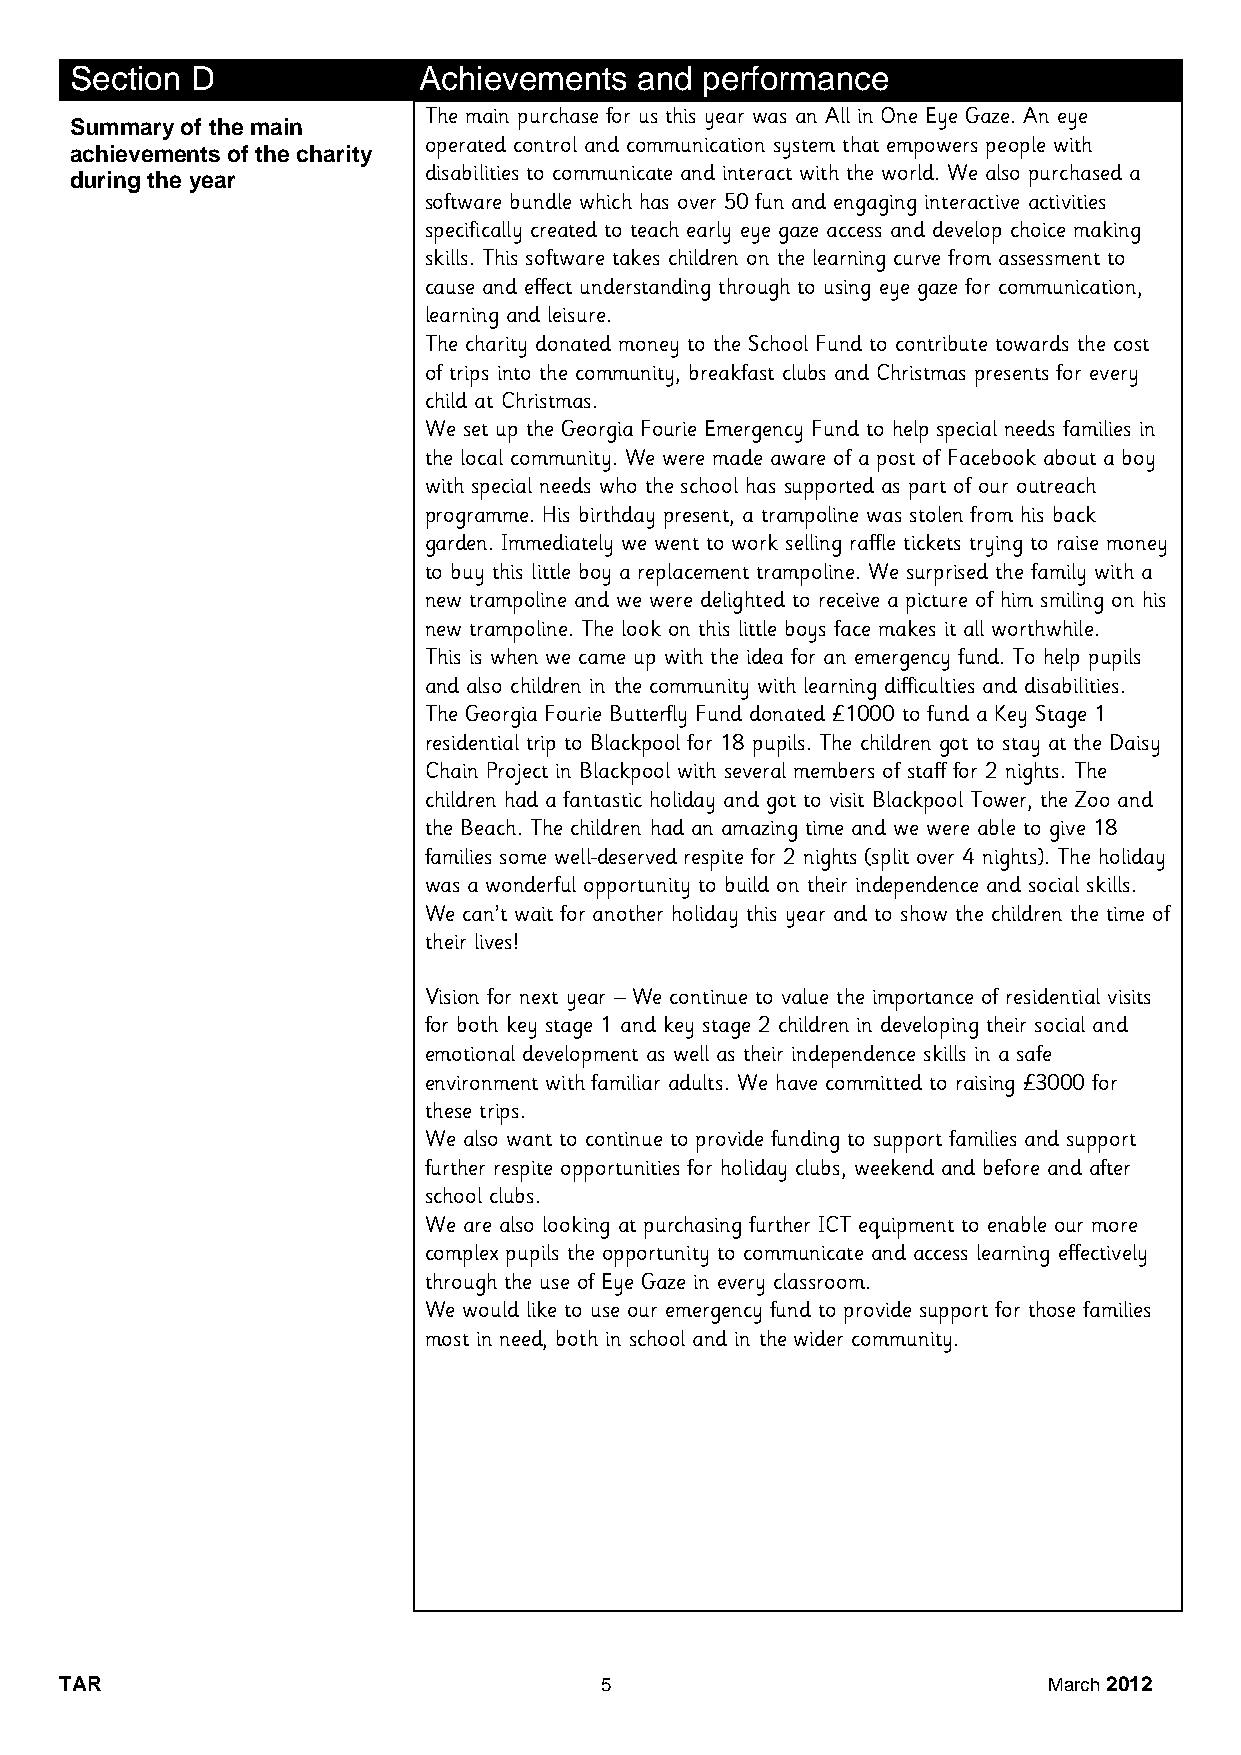
Section D              Achievements  and performance
 The main purchase for us this year was an All in One Eye Gaze. An eye
 Summary of the main
 operated control and communication system that empowers people with
 achievements of the charity
 during the year        disabilities to communicate and interact with the world. We also purchased a
 software bundle which has over 50 fun and engaging interactive activities
 specifically created to teach early eye gaze access and develop choice making
 skills. This software takes children on the learning curve from assessment to
 cause and effect understanding through to using eye gaze for communication,
 learning and leisure.
 The charity donated money to the School Fund to contribute towards the cost
 of trips into the community, breakfast clubs and Christmas presents for every
 child at Christmas.
 We set up the Georgia Fourie Emergency Fund to help special needs families in
 the local community. We were made aware of a post of Facebook about a boy
 with special needs who the school has supported as part of our outreach
 programme. His birthday present, a trampoline was stolen from his back
 garden. Immediately we went to work selling raffle tickets trying to raise money
 to buy this little boy a replacement trampoline. We surprised the family with a
 new trampoline and we were delighted to receive a picture of him smiling on his
 new trampoline. The look on this little boys face makes it all worthwhile.
 This is when we came up with the idea for an emergency fund. To help pupils
 and also children in the community with learning difficulties and disabilities.
 The Georgia Fourie Butterfly Fund donated £1000 to fund a Key Stage 1
 residential trip to Blackpool for 18 pupils. The children got to stay at the Daisy
 Chain Project in Blackpool with several members of staff for 2 nights. The
 children had a fantastic holiday and got to visit Blackpool Tower, the Zoo and
 the Beach. The children had an amazing time and we were able to give 18
 families some well-deserved respite for 2 nights (split over 4 nights). The holiday
 was a wonderful opportunity to build on their independence and social skills.
 We can’t wait for another holiday this year and to show the children the time of
 their lives!
 Vision for next year – We continue to value the importance of residential visits
 for both key stage 1 and key stage 2 children in developing their social and
 emotional development as well as their independence skills in a safe
 environment with familiar adults. We have committed to raising £3000 for
 these trips.
 We also want to continue to provide funding to support families and support
 further respite opportunities for holiday clubs, weekend and before and after
 school clubs.
 We are also looking at purchasing further ICT equipment to enable our more
 complex pupils the opportunity to communicate and access learning effectively
 through the use of Eye Gaze in every classroom.
 We would like to use our emergency fund to provide support for those families
 most in need, both in school and in the wider community.
 TAR                                 5                            March 2012